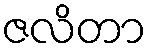
ဇလိတာ